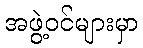
အဖွဲ့ဝင်များမှာ